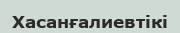
Хасанғалиевтікі